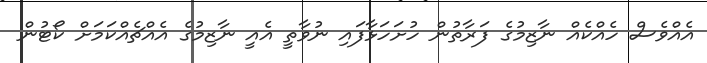
އެއްވެސް ހެއްކެއް ނާޒިމުގެ ފަރާތުން ހުށަހަޅާފައި ނުވާތީ އެއީ ނާޒިމުގެ އެއްޗެއްކަމަށް ކޯޓުން